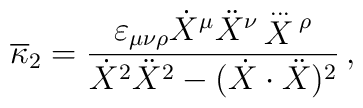
\overline{\kappa}_2 = { \varepsilon_{\mu \nu \rho} \dot{X}^{\mu} \ddot{X}^{\nu}  \mathop{X}\limits^{\ldots}{}^\rho \over  \dot{X}^2 \ddot{X}^2 - (\dot{X} \cdot \ddot{X} )^2 }\,,